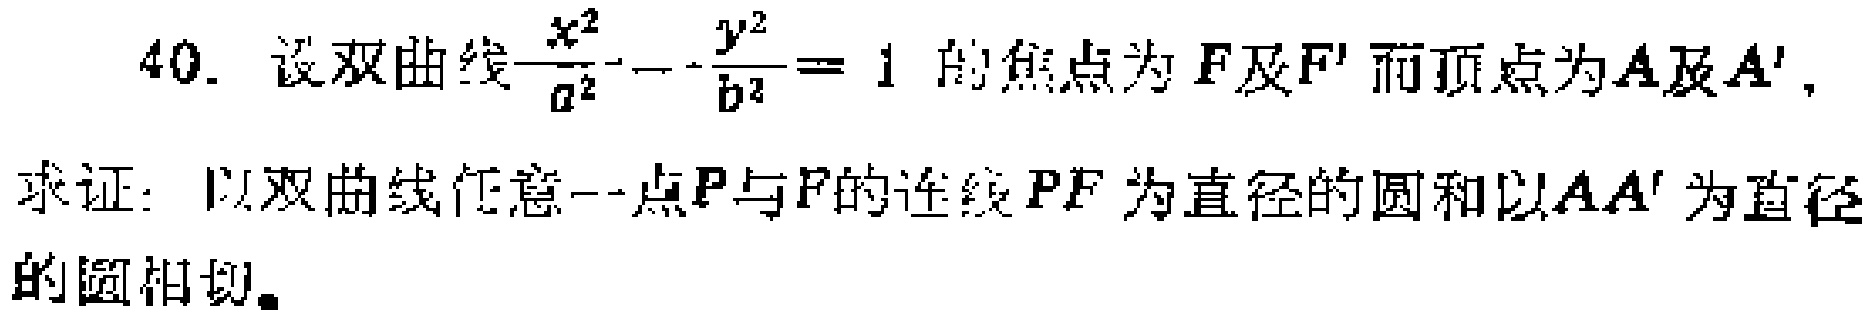
40. 设双曲线$\frac{x^{2}}{a^{2}}-\frac{y^{2}}{b^{2}} = 1$的焦点为$F$及$F'$而顶点为$A$及$A'$，

求证：以双曲线任意一点$P$与$F$的连线$PF$为直径的圆和以$AA'$为直径的圆相切。